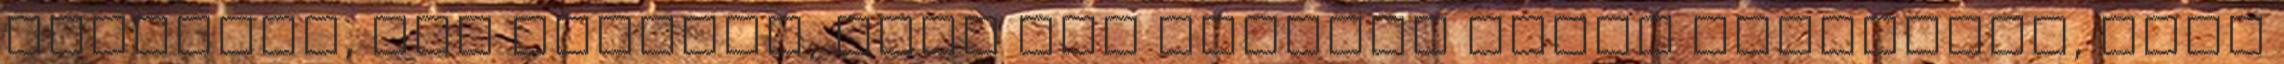
játszani, azt viszont, hogy más játssza végig helyettem, hogy